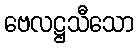
ဗေလဋ္ဌသီသော